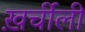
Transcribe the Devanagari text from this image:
ख़र्चीली